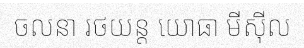
ចលនា រថយន្ត យោធា មីស៊ីល